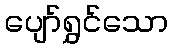
ပျော်ရွှင်သော